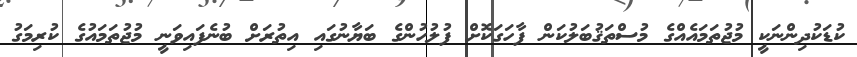
ކުޑަކުދިންނަކީ މުޖުތަމައެއްގެ މުސްތަޤުބަލުކަން ފާހަގަކޮށް ފުލުހުންގެ ބަޔާނުގައި އިތުރަށް ބުނެފައިވަނީ މުޖުތަމައުގެ ކުރިމަގު